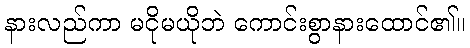
နားလည်ကာ မငိုမယိုဘဲ ကောင်းစွာနားထောင်၏။